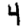
Digit: 4